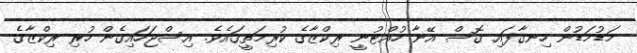
މަޑުމަޑުން ހިނގާފައި ގޮސް އޭނާ ހުއްޓުނީ ރިކްޒާގެ ކުރިމަތީގައެވެ. އިސްޖަހައިގެން ހުރި ރިކްޒާގެ